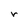
Character: r